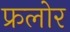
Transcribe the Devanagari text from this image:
फ्रलोर